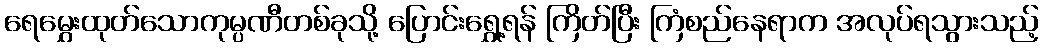
ရေမွှေးထုတ်သောကုမ္ပဏီတစ်ခုသို့ ပြောင်းရွှေ့ရန် ကြိတ်ပြီး ကြံစည်နေရာက အလုပ်ရသွားသည့်